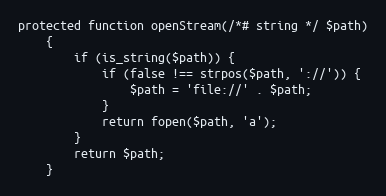
Language: PHP
protected function openStream(/*# string */ $path)
    {
        if (is_string($path)) {
            if (false !== strpos($path, '://')) {
                $path = 'file://' . $path;
            }
            return fopen($path, 'a');
        }
        return $path;
    }